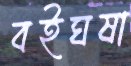
বইঘষা